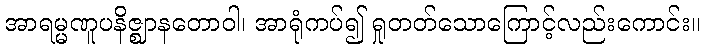
အာရမ္မဏူပနိဇ္ဈာနတောဝါ၊ အာရုံကပ်၍ ရှုတတ်သောကြောင့်လည်းကောင်း။